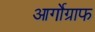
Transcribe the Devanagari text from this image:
आर्गोग्राफ